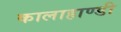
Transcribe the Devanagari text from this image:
कालाहाण्डी